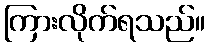
ကြားလိုက်ရသည်။